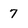
Character: 7